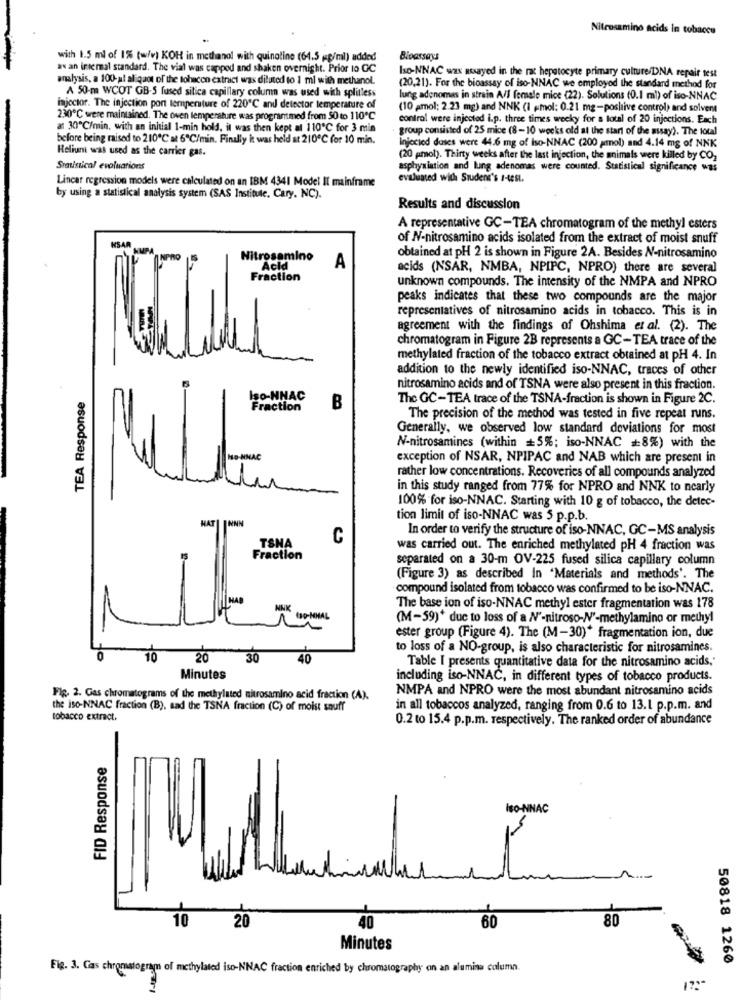
Nitrosamino acids In tobacco
with 1.5 ml of 1% (w/v) KOH in methanol with quinoline (64.5 mg/ml) added
as an internal standard. The vial was cappod and shaken overnight. Prior to GC
Iso-NNAC was assayed in the rat hepatocyte primary culture/DNA repair test
analysis, a 100-al aliquot of the tohacen extract was diluted to 1 ml with methanol.
A 50-m WCOT GB-5 fused silica capillary column was used with splitless
(20,21). For the bioassay of iso-NNAC we employed the standard method for
lung adenomas in strain A/I female mice (22). Solutions (0.1 ml) of iso-NNAC
injector. The injection pont temperature of 220℃ and detector temperature of
(10 amol; 2.23 mg) and NNK (1 ,mol: 0.21 mg-poslive control) and solvent
230℃ were maintained. The oven temperature was prograntmed from 50 to 110℃
control were injected i.p. three times weeky for a total of 20 injections. Each
at 30ºC/min, with an initial 1-min hold, it was then kept al 110℃ for 3 min
group consisted of 25 mice (8-10 weeks old at the start of the assay). The total
before being raised to 210℃ at 6℃/min. Finally k was held at 210℃ for 10 min.
Heliuni was used as the carrier gas.
Injocied duses were 44.6 mg of Iso-NNAC (200 prol) and 4.14 mg of NNK
(20 prol). Thirty weeks after the last injection, the animals were killed by CO2
Statistical evoluations
asphyxiation and lung adenomas were counted. Statistical significance was
Linear regression models were calculated on an IBM 4341 Model Il mainframe
evaluated with Studens's s-test.
by using a statistical analysis system (SAS Institute. Cary. NC).
Results and discussion
A representative GC-TEA chromatogram of the methyl esters
HSAR
of N-nitrosamino acids isolated from the extract of moist snuff
HUPA
Nitrosamino
obtained at pH 2 is shown in Figure 2A. Besides N-nitrosamino
Acid
A
acids (NSAR, NMBA, NPIPC, NPRO) there are several
Fraction
unknown compounds. The intensity of the NMPA and NPRO
peaks indicates that these two compounds are the major
representatives of nitrosamino acids in tobacco. This is in
agreement with the findings of Ohshima et al. (2). The
chromatogram in Figure 2B represents a GC-TEA trace of the
methylated fraction of the tobacco extract obtained at pH 4. In
addition to the newly identified iso-NNAC, traces of other
nitrosamino acids and of TSNA were also present in this fraction.
TEA Response
Iso-NNAC
The GC-TEA trace of the TSNA-fraction is shown in Figure 2C.
Fraction
B
The precision of the method was tested in five repeat runs.
Generally, we observed low standard deviations for most
N-nitrosamines (within =5%; iso-NNAC #8%) with the
HO-NMAC
exception of NSAR, NPIPAC and NAB which are present in
rather low concentrations. Recoveries of all compounds analyzed
in this study ranged from 77% for NPRO and NNK to nearly
100% for iso-NNAC. Starting with 10 g of tobacco, the detec-
NNN
tion limit of iso-NNAC was 5 p.p.b.
In order to verify the structure of iso-NNAC, GC-MS analysis
TSNA
C
was carried out. The enriched methylated pH 4 fraction was
Fraction
separated on a 30-m OV-225 fused silica capillary column
(Figure 3) as described In 'Materials and methods'. The
compound isolated from tobacco was confirmed to be iso-NNAC.
The base ion of iso-NNAC methyl ester fragmentation was 178
(M-59)* due to loss of a N'-nitroso-N'-methylamino or methyl
ester group (Figure 4). The (M-30)* fragmentation ion, due
to loss of a NO-group, is also characteristic for nitrosamines.
10
20
30
40
Table I presents quantitative data for the nitrosamino acids,
Minutes
including iso-NNAC, in different types of tobacco products.
NMPA and NPRO were the most abundant nitrosamino acids
Fig. 2. Gas chromatograms of the methylated nitrosamino acid fraction (A).
the iso-NNAC fraction (B), sad the TSNA fraction (C) of moist snuff
in all tobaccos analyzed, ranging from 0.6 to 13.1 p.p.m. and
tobacco extract,
0.2 to 15.4 p.p.m. respectively. The ranked order of abundance
FID Response
ISO-NNAC
10
20
60
80
40
Minutes
50818 1260
Fig. 3. Gas chromatogram of methylated iso-NNAC fraction enriched by chromatography on an alumina column.
1 :-